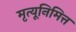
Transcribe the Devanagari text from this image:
मृत्यूनिमित्त